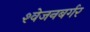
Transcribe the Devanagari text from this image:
श्‍वेजनबर्गर